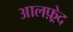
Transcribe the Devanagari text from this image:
आलफ़्रेद